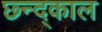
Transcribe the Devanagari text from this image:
छ्न्द्काल